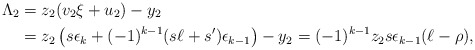
\begin{align*} \Lambda_2 &= z_2 ( v_2 \xi + u_2 ) - y_2\\ &= z_2 \left( s \epsilon_k + (-1)^{k - 1} ( s \ell + s' ) \epsilon_{k - 1} \right) - y_2 = (-1)^{k - 1} z_2 s \epsilon_{k - 1} ( \ell - \rho ), \end{align*}